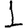
Digit: 1